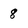
Character: 8